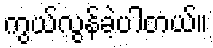
ကွယ်လွန်ခဲ့ပါတယ်။